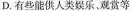
D.有些能供人类娱乐。观赏等